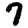
Digit: 7